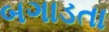
બગાડતા